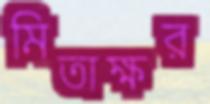
মিতাক্ষর